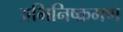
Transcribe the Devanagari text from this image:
अभिनिष्क्रमण